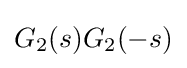
G_{2}(s)G_{2}(-s)